NAE_Eesti_seltside_protokollid_1900-1917, lk 26
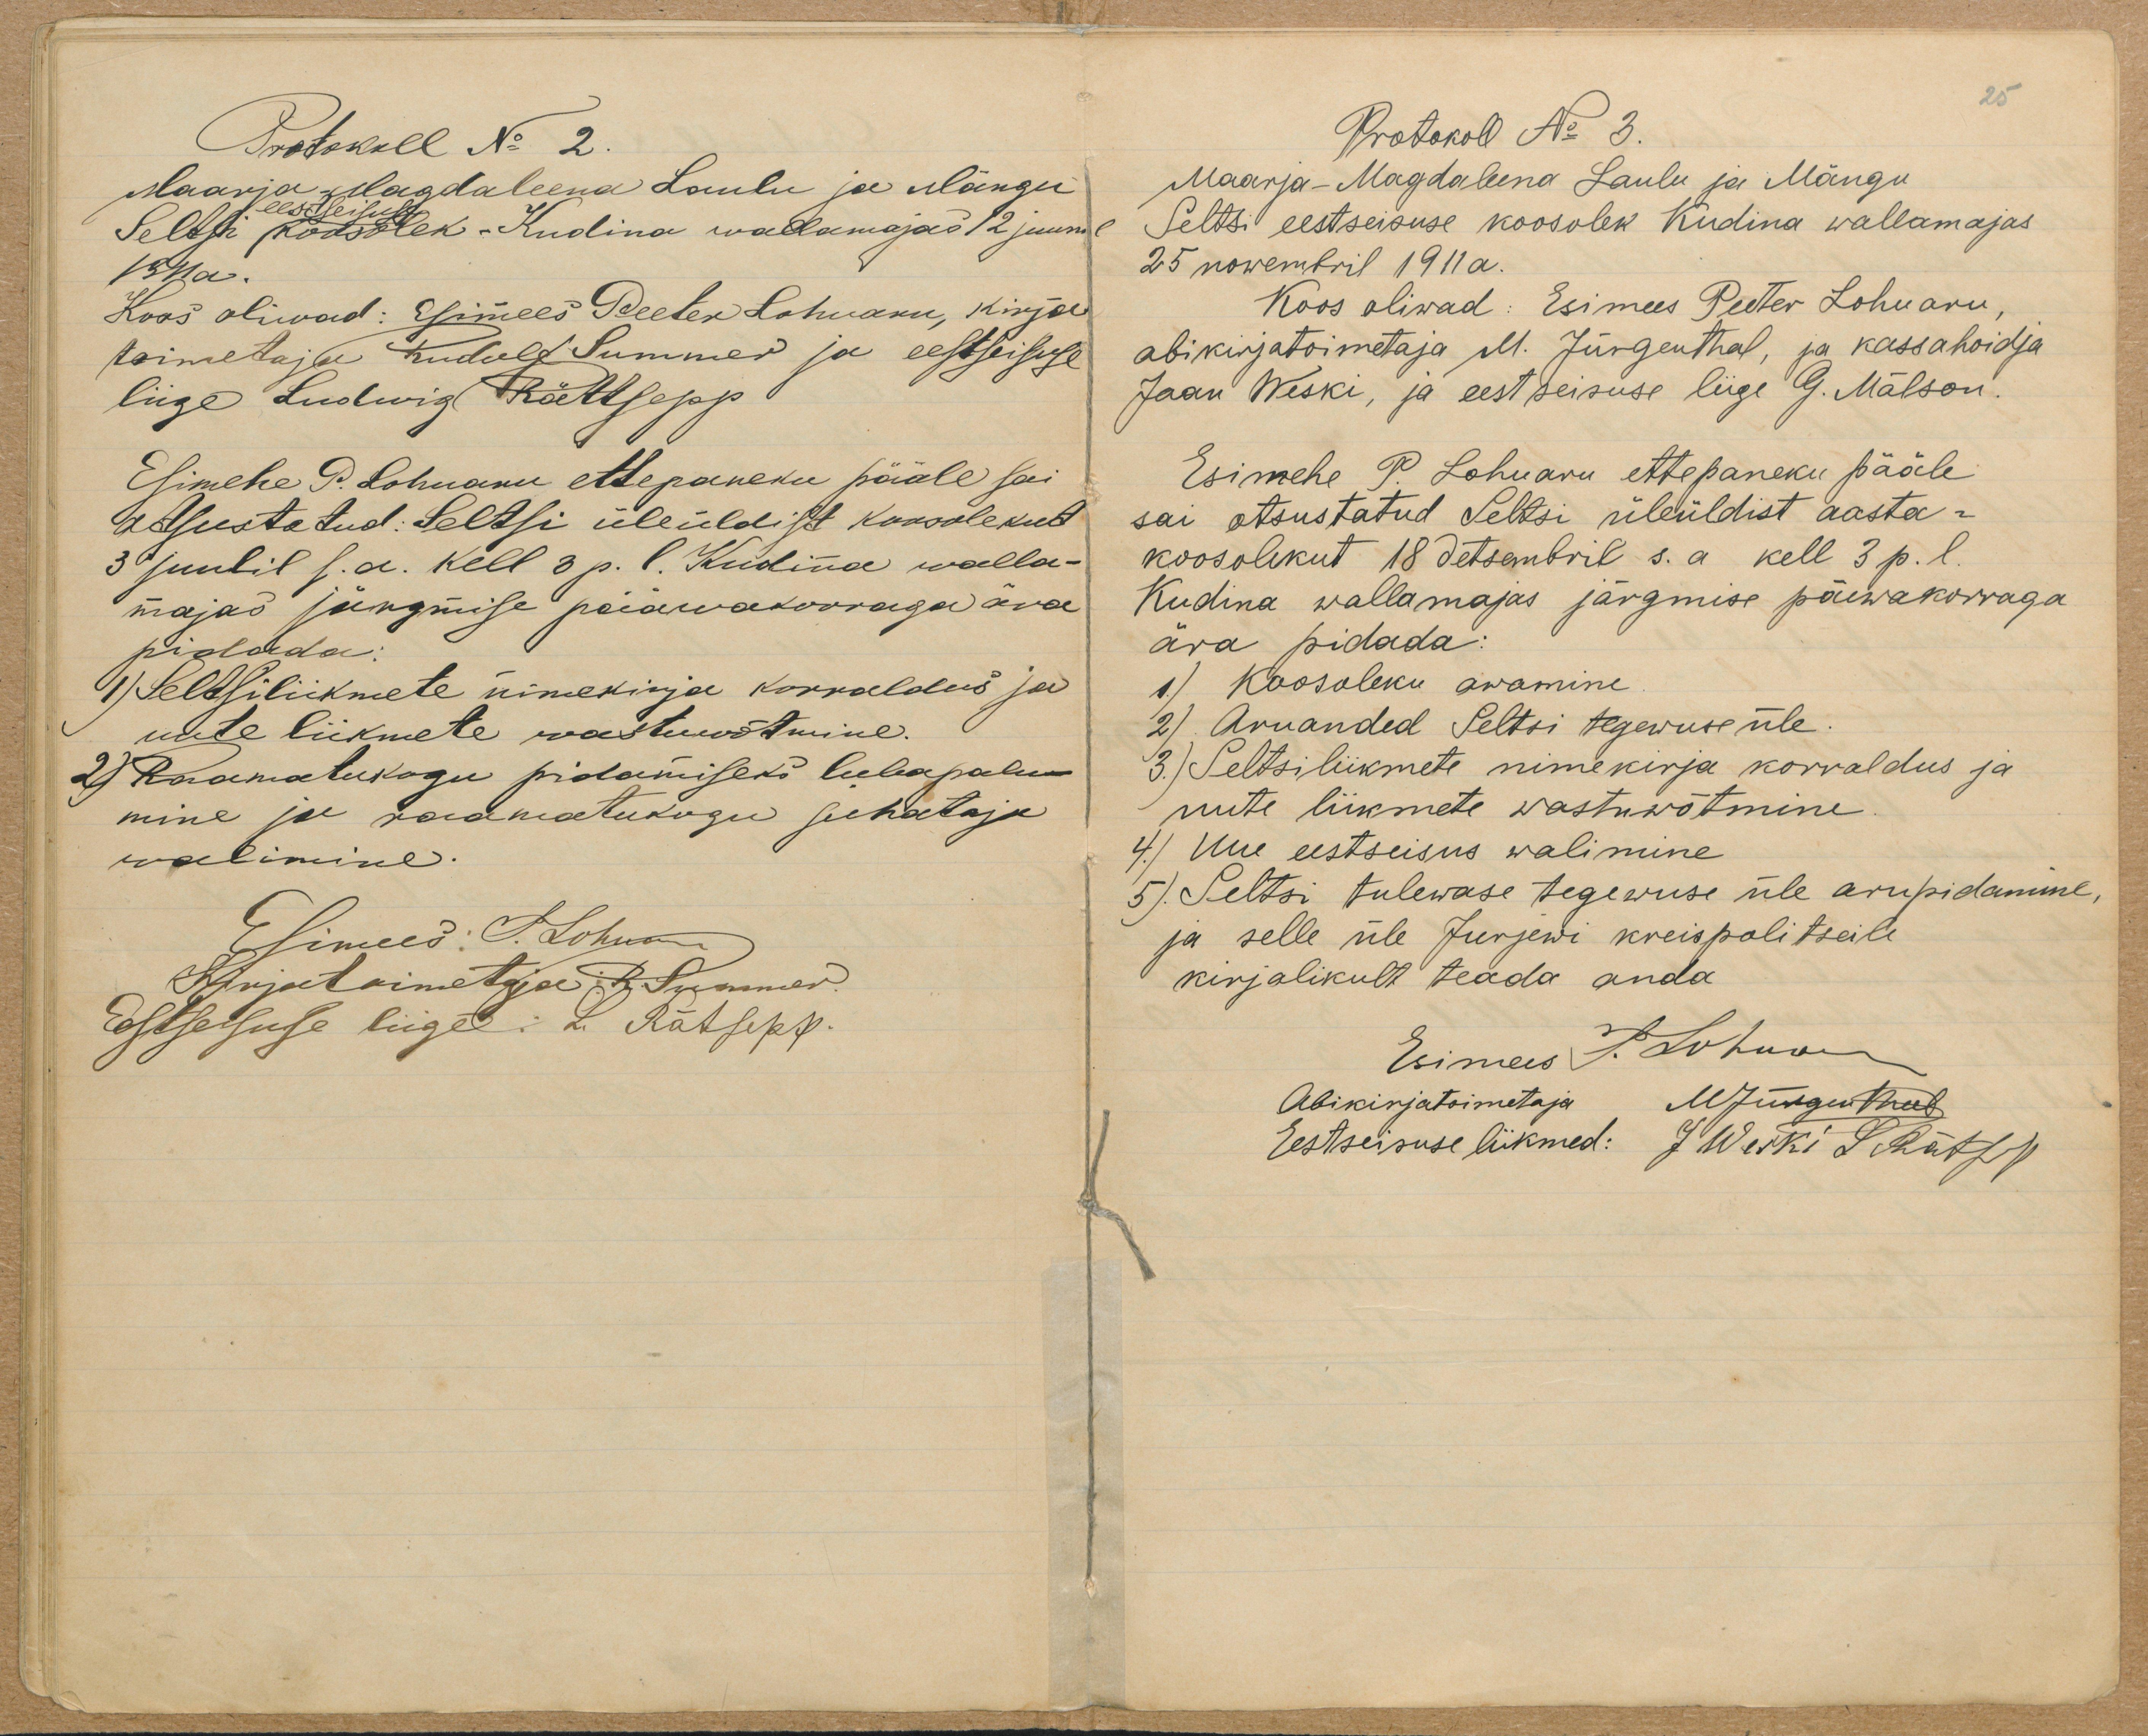
Protokoll N. 2.
Esimehe P. Lohuaru ettepaneku pääle sai
otsustatud: Seltsi üleüldist koosolekut
3 juulil s.a. kell 3 p. l. Kudina walla-
majas järgmise pääwakorraga ära
pidada:
1) Seltsiliikmete nimekirja korraldus ja
uute liikmete wastuwõtmine.
2) Raamatukogu pidamisets luba palu-
mine ja raamatukugu juhataja
walimised.

Protokoll No 3.
Maarja-Magdaleena Laulu ja Mängu
Seltsi eestseisuse koosolek Kudina wallamajas
25 nowembril 1911a.
Koos oliwad: Esimees Peeter Lohuaru,
abikirjatoimetaja M. Jürgenthal, ja kassahoidja
Jaan Weski, ja eest seisuse liige G. Mälson.
Esimehe P Lohuaru ettepaneku pääle
sai otsustatud Seltsi üleüldist aasta-
koosolekut 18 detsembril s. a kell 3 p. l.
Kudina wallamajas järgmise päewakorraga
ära pidada:
1) Koosoleku awamine
2) Aruanded Seltsi tegewuse üle
3.) Seltsiliikmete nimekirja korraldus ja
uute liikmete wastuwõtmine.
4) Uue eestseisus walimine
5). Seltsi tulewase tegewuse üle arupidamine,
ja selle üle Jurjewi kreispolitseile
kirjalikult teada anda